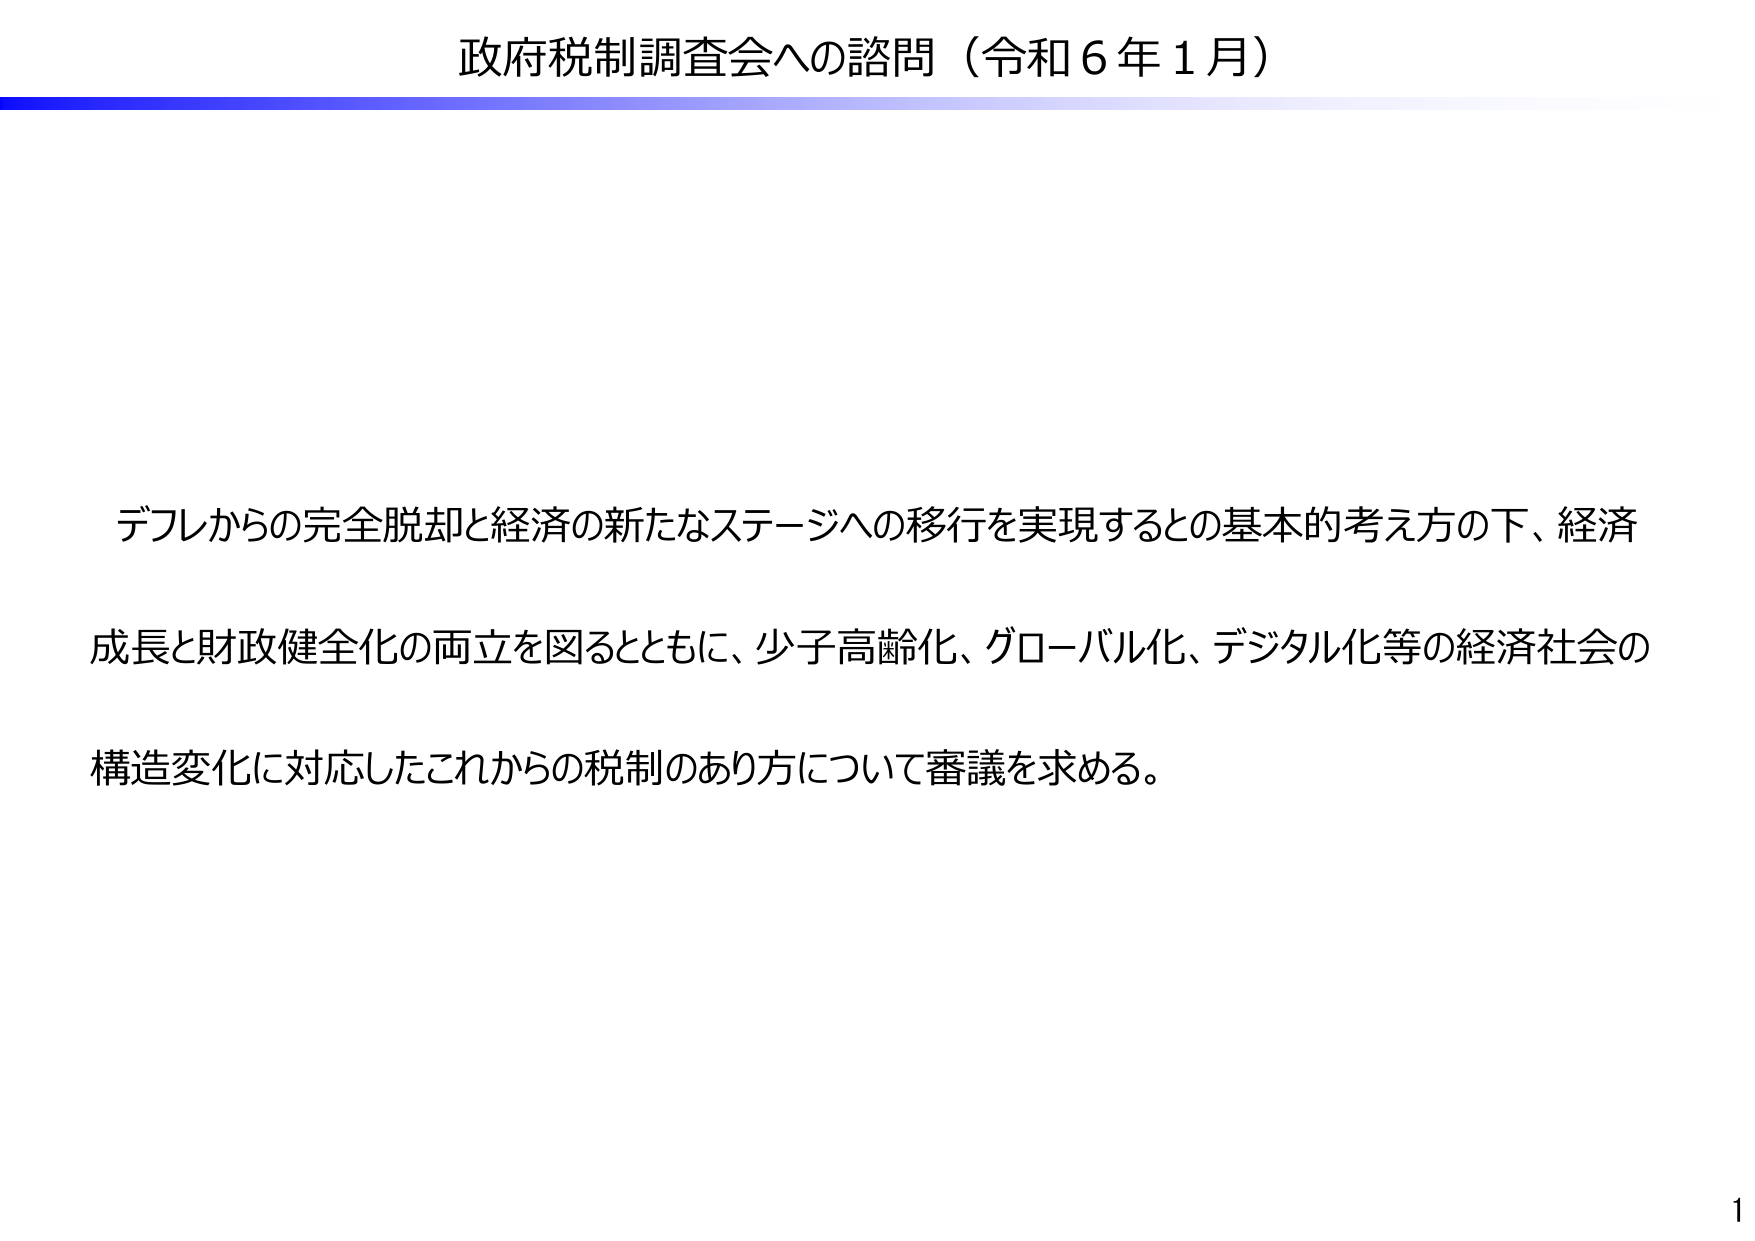
政府税制調査会への諮問（令和６年１月）

デフレからの完全脱却と経済の新たなステージへの移行を実現するとの基本的考え方の下、経済
成長と財政健全化の両立を図るとともに、少子高齢化、グローバル化、デジタル化等の経済社会の
構造変化に対応したこれからの税制のあり方について審議を求める。

1